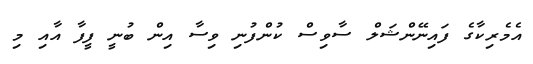
އެމެރިކާގެ ފައިނޭންޝަލް ސާވިސް ކުންފުނި ވިސާ އިން ބުނީ ފީފާ އާއި މި